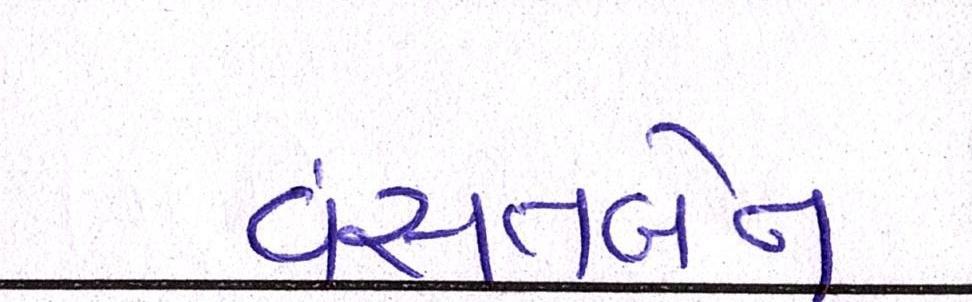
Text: વસંતબેન